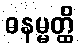
ဓနမ္မတ္ထိ